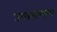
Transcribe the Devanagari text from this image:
उपासणारा